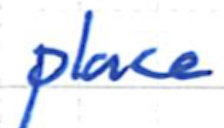
Text: place
Cross-out: clean
Writing tool: ballpoint